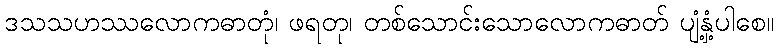
ဒသသဟဿလောကဓာတုံ၊ ဖရတု၊ တစ်သောင်းသောလောကဓာတ် ပျံ့နှံ့ပါစေ။